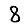
Digit: 8